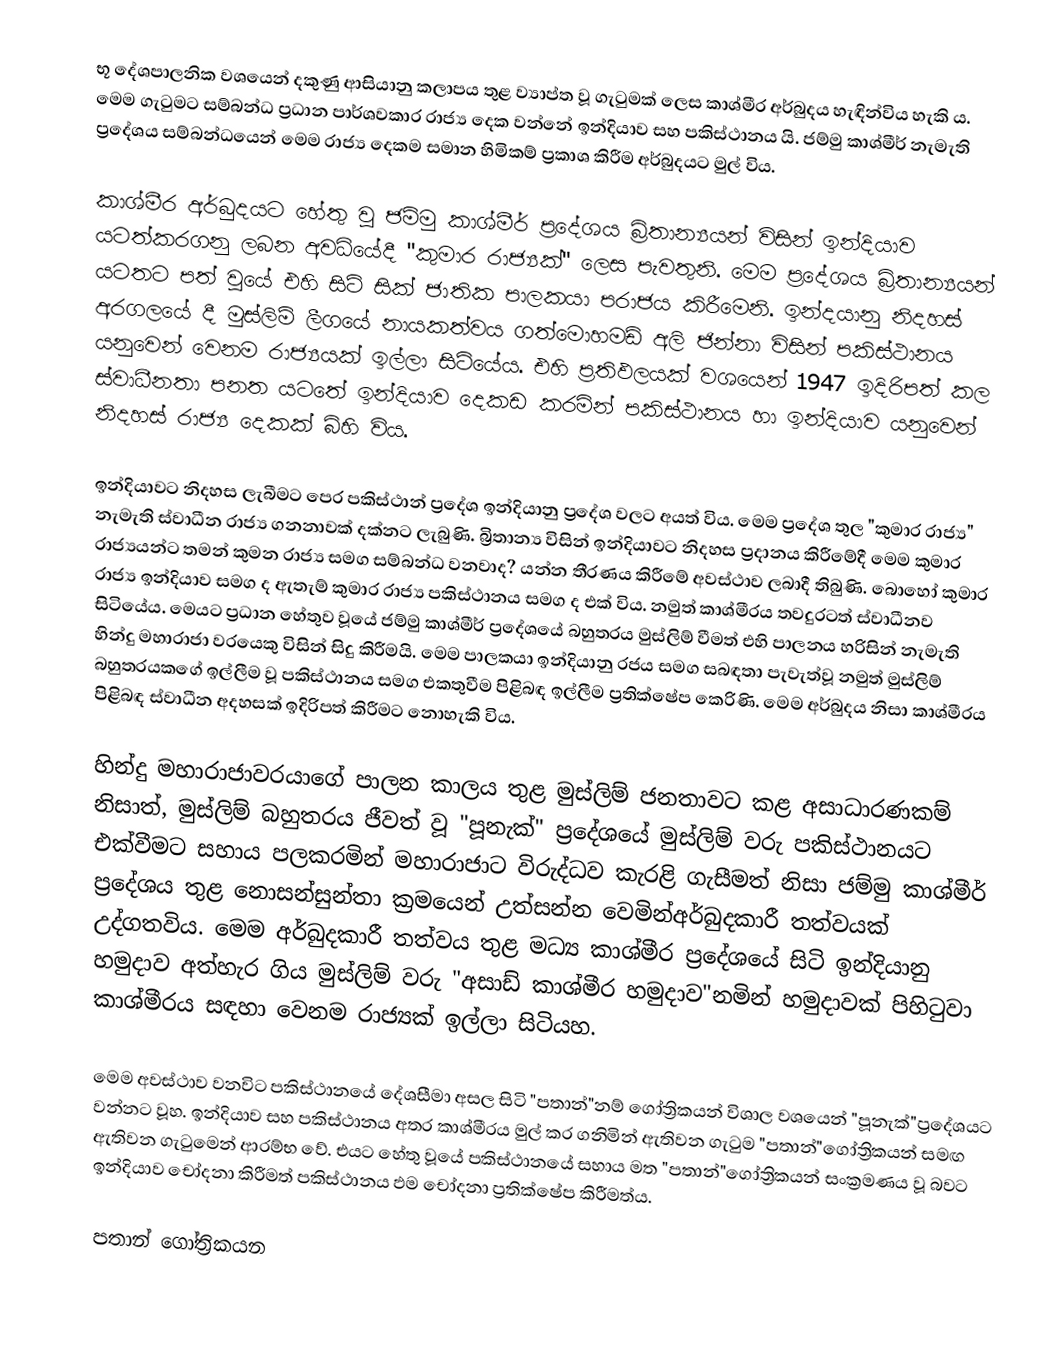
භූ දේශපාලනික වශයෙන් දකුණු ආසියානු කලාපය තුළ ව්‍යාප්ත වූ ගැටුමක් ලෙස කාශ්මීර අර්බුදය හැඳින්විය හැකි ය. මෙම ගැටුමට සම්බන්ධ ප්‍රධාන පාර්ශවකාර රාජ්‍ය දෙක වන්නේ ඉන්දියාව සහ පකිස්ථානය යි. ජම්මු කාශ්මීර් නැමැති ප්‍රදේශය සම්බන්ධයෙන් මෙම රාජ්‍ය දෙකම සමාන හිමිකම් ප්‍රකාශ කිරීම අර්බුදයට මුල් විය.

	කාශ්මීර අර්බුදයට හේතු වු ජම්මු කාශ්මීර් ප්‍රදේශය බ්‍රිතාන්‍යයන් විසින් ඉන්දියාව යටත්කරගනු ලබන අවධියේදී "කුමාර රාජ්‍යක්" ලෙස පැවතුනි. මෙම ප්‍රදේශය බ්‍රිතාන්‍යයන් යටතට පත් වුයේ එහි සිටි සික් ජාතික පාලකයා පරාජය කිරීමෙනි. ඉන්දයානු නිදහස් අරගලයේ දී මුස්ලිම් ලීගයේ නායකත්වය ගත්මොහමඩ් අලි ජින්නා විසින් පකිස්ථානය යනුවෙන් වෙනම රාජ්‍යයක් ඉල්ලා සිටියේය. එහි ප්‍රතිඵලයක්  වශයෙන් 1947 ඉදිරිපත් කල ස්වාධීනතා පනත යටතේ ඉන්දියාව දෙකඩ කරමින් පකිස්ථානය හා ඉන්දියාව යනුවෙන් නිදහස් රාජ්‍ය දෙකක් බිහි විය.

	ඉන්දියාවට නිදහස ලැබීමට පෙර පකිස්ථාන් ප්‍රදේශ ඉන්දියානු ප්‍රදේශ වලට අයත් විය. මෙම ප්‍රදේශ තුල "කුමාර රාජ්‍ය" නැමැති ස්වාධීන රාජ්‍ය ගනනාවක් දක්නට ලැබුණි. බ්‍රිතාන්‍ය විසින් ඉන්දියාවට නිදහස ප්‍රදානය කිරීමේදී මෙම කුමාර රාජ්‍යයන්ට තමන් කුමන රාජ්‍ය සමග සම්බන්ධ වනවාද? යන්න තීරණය කිරීමේ අවස්ථාව ලබාදී තිබුණි. බොහෝ කුමාර රාජ්‍ය ඉන්දියාව සමග ද ඇතැම් කුමාර රාජ්‍ය පකිස්ථානය සමග ද එක් විය. නමුත් කාශ්මීරය තවදුරටත් ස්වාධීනව සිටියේය. මෙයට ප්‍රධාන හේතුව වූයේ ජම්මු කාශ්මීර් ප්‍රදේශයේ බහුතරය මුස්ලිම් වීමත් එහි පාලනය හරිසින් නැමැති හින්දු මහාරාජා වරයෙකු විසින් සිදු කිරීමයි. මෙම පාලකයා ඉන්දියානු රජය සමග සබඳතා පැවැත්වූ නමුත් මුස්ලිම් බහුතරයකගේ ඉල්ලීම වූ පකිස්ථානය සමග එකතුවීම පිළිබඳ ඉල්ලීම ප්‍රතික්ෂේප කෙරිණි. මෙම අර්බුදය නිසා කාශ්මීරය පිළිබඳ ස්වාධීන අදහසක් ඉදිරිපත් කිරීමට නොහැකි විය.

	හින්දු මහාරාජාවරයාගේ පාලන කාලය තුළ මුස්ලිම් ජනතාවට කළ අසාධාරණකම් නිසාත්, මුස්ලිම් බහුතරය ජීවත් වූ "පූනැක්" ප්‍රදේශයේ මුස්ලිම් වරු පකිස්ථානයට එක්වීමට සහාය පලකරමින් මහාරාජාට විරුද්ධව කැරළි ගැසීමත් නිසා ජම්මු කාශ්මීර් ප්‍රදේශය තුළ නොසන්සුන්තා ක්‍රමයෙන් උත්සන්න වෙමින්අර්බුදකාරී තත්වයක් උද්ගතවිය. මෙම අර්බුදකාරී තත්වය තුළ මධ්‍ය කාශ්මීර ප්‍රදේශයේ සිටි ඉන්දියානු හමුදාව අත්හැර ගිය මුස්ලිම් වරු "අසාඩ් කාශ්මීර හමුදාව"නමින් හමුදාවක් පිහිටුවා කාශ්මීරය සඳහා වෙනම රාජ්‍යක් ඉල්ලා සිටියහ.

	මෙම අවස්ථාව වනවිට පකිස්ථානයේ දේශසීමා අසල සිටි "පතාන්"නම් ගෝත්‍රිකයන් විශාල වශයෙන් "පූනැක්"ප්‍රදේශයට වන්නට වූහ. ඉන්දියාව සහ පකිස්ථානය අතර කාශ්මීරය මුල් කර ගනිමින් ඇතිවන ගැටුම "පතාන්"ගෝත්‍රිකයන් සමඟ ඇතිවන ගැටුමෙන් ආරම්භ වේ. එයට හේතු වූයේ පකිස්ථානයේ සහාය මත "පතාන්"ගෝත්‍රිකයන් සංක්‍රමණය වූ බවට ඉන්දියාව චෝදනා කිරීමත් පකිස්ථානය ඵම චෝදනා ප්‍රතික්ෂේප කිරීමත්ය.

	පතාන් ගෝත්‍රිකයන